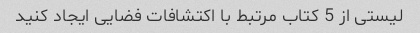
لیستی از 5 کتاب مرتبط با اکتشافات فضایی ایجاد کنید